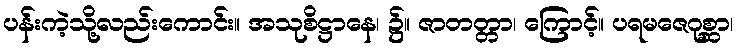
ပန်းကဲ့သို့လည်းကောင်း။ အသုစိဋ္ဌာနေ၊ ၌။ ဇာတတ္တာ၊ ကြောင့်။ ပရမဇေဂုစ္ဆာ၊